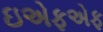
ઇએફએફ